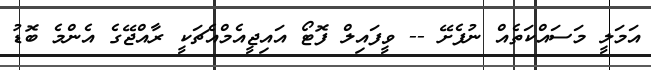
އަމަލީ މަސައްކަތެއް ނުފެށޭ -- ވީފައިލް ފޮޓޯ އައިޖީއެމްއެޗަކީ ރާއްޖޭގެ އެންމެ ބޮޑު